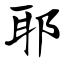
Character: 耶